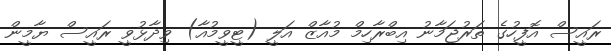
ރައީސް އޮފީހުގެ ތަރުޖަމާނު އިބްރާހިމް މުއާޒް އަލީ (ޓީވީމުއާ) ވިދާޅުވީ ރައީސް ޔާމީން